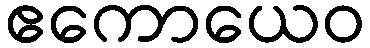
ဧကောယေဝ